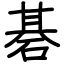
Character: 碁